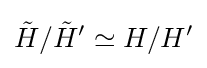
{\tilde {H}}/{\tilde {H}}'\simeq H/H'